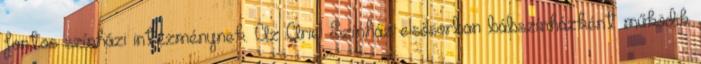
fontos színházi intézménynek. Az Ariel Színház elsősorban bábszínházként működik